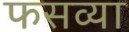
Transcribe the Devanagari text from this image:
फसव्या